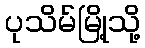
ပုသိမ်မြို့သို့